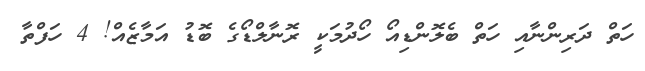
ހަތް ދަރިންނާއި ހަތް ބެލޮންޑިއޯ ހޯދުމަކީ ރޮނާލްޑޯގެ ބޮޑު އަމާޒެއް! 4 ހަފްތާ